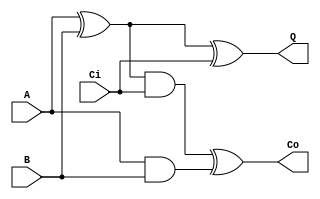
/*
    Full Adder verilog simulation
*/

module FA (A, B, Ci, Q, Co);
    // Inputs
    input wire A, B, Ci;

    // Outputs
    output wire Q, Co;

    // Variables
    wire HA1_Q;
    wire HA1_Co;
    wire HA2_Co;

    // Definition
        // Wires signals assigns
        assign HA1_Q = A ^ B;
        assign HA1_Co = A & B;
        assign HA2_Co = HA1_Q & Ci;

        // Outputs
        assign Q = HA1_Q ^ Ci;
        assign Co = HA2_Co ^ HA1_Co;
    
endmodule